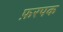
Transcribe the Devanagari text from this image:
फ़रपक